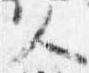
人